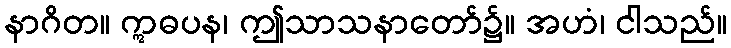
နာဂိတ။ ဣဓပန၊ ဤသာသနာတော်၌။ အဟံ၊ ငါသည်။